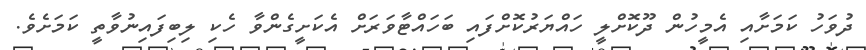
ދުވަހު ކަމަށާއި އެމީހުން ދޫކޮށްލީ ހައްޔަރުކޮށްފައި ބަހައްޓާވަރަށް އެކަށީގެންވާ ހެކި ލިބިފައިނުވާތީ ކަމަށެވެ.